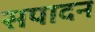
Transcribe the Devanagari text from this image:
सपादन